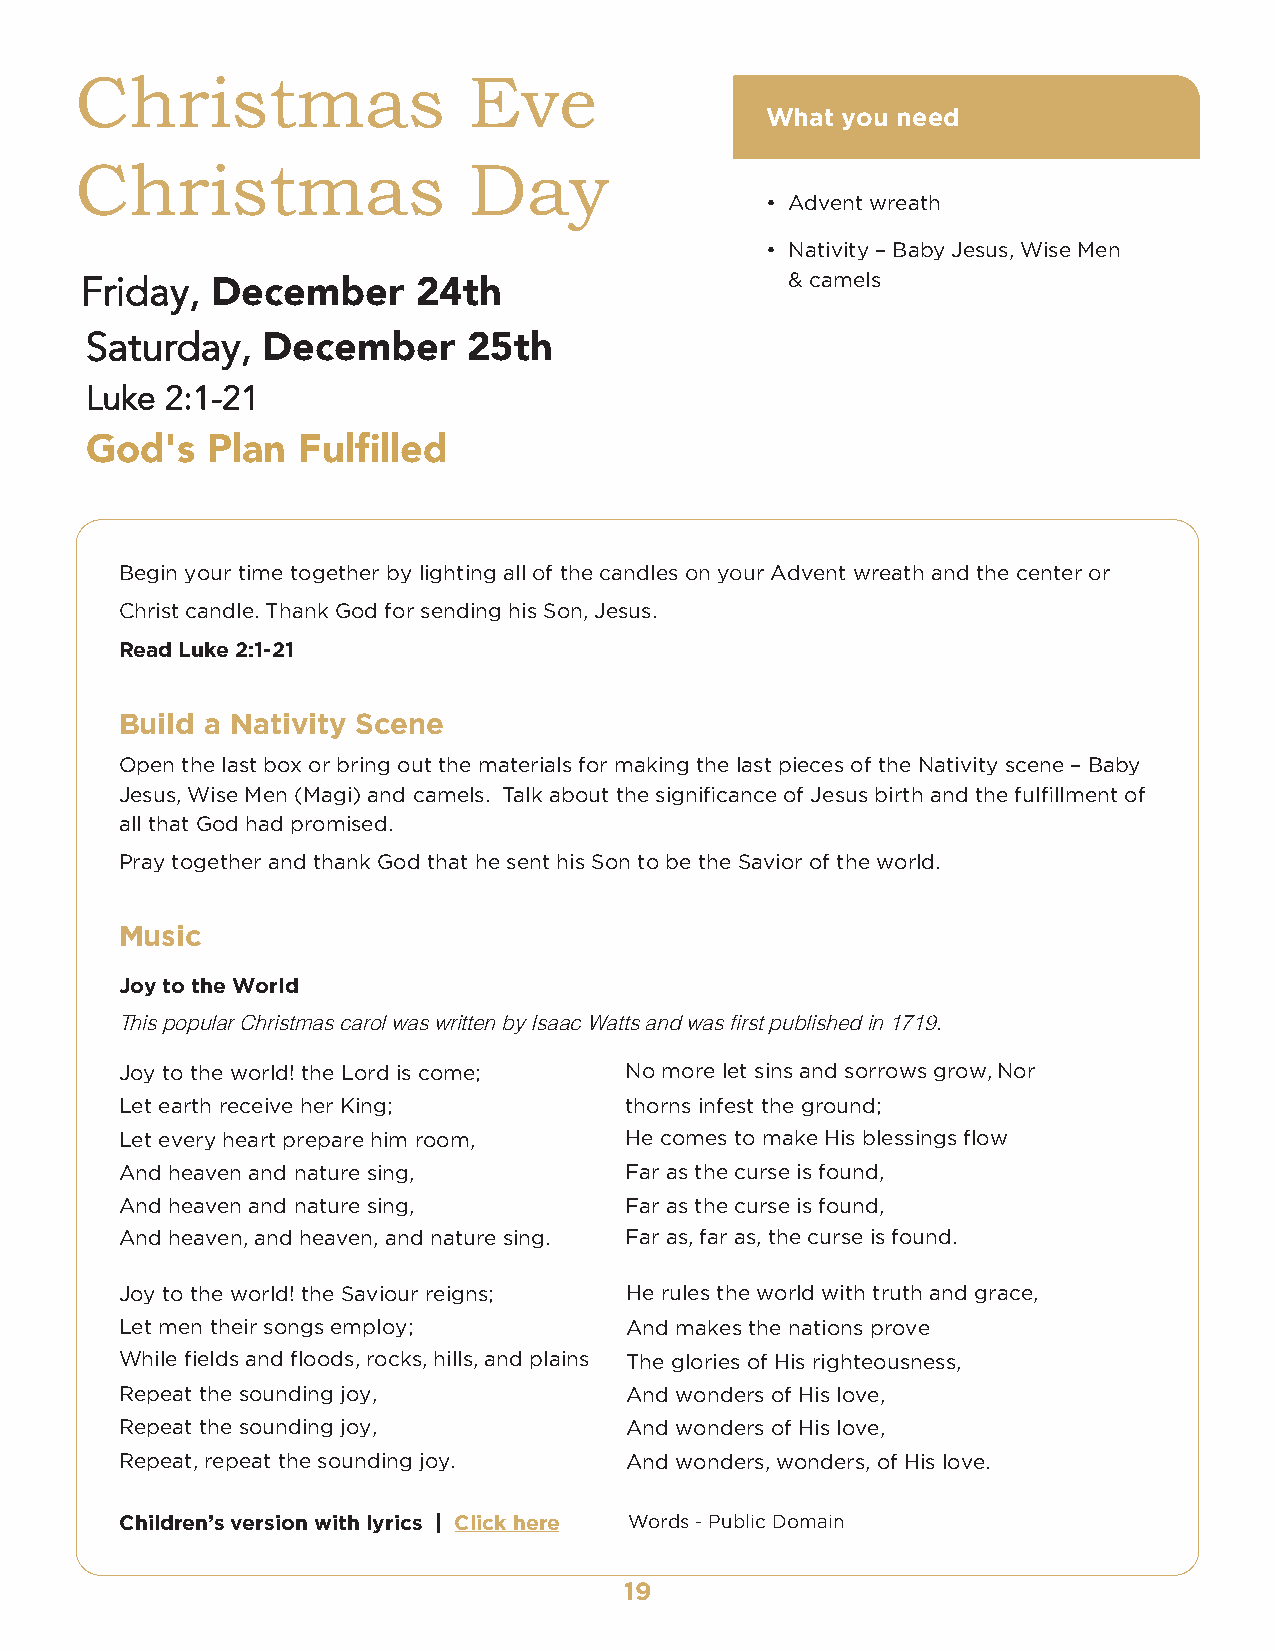
Christmas                 Eve
 What you need
 Christmas                 Day
 • Advent wreath
 • Nativity – Baby Jesus, Wise Men
 Friday,                                        & camels
 December      24th
 Saturday,
 December      25th
 Luke 2:1-21
 God's   Plan  Fulfilled
 Begin your time together by lighting all of the candles on your Advent wreath and the center or
 Christ candle. Thank God for sending his Son, Jesus.
 Read Luke 2:1-21
 Build a Nativity Scene
 Open the last box or bring out the materials for making the last pieces of the Nativity scene – Baby
 Jesus, Wise Men (Magi) and camels. Talk about the significance of Jesus birth and the fulfillment of
 all that God had promised.
 Pray together and thank God that he sent his Son to be the Savior of the world.
 Music
 Joy to the World
 This popular Christmas carol was written by Isaac Watts and was first published in 1719.
 Joy to the world! the Lord is come; No more let sins and sorrows grow, Nor
 Let earth receive her King;      thorns infest the ground;
 Let every heart prepare him room, He comes to make His blessings flow
 And heaven and nature sing,      Far as the curse is found,
 And heaven and nature sing,      Far as the curse is found,
 And heaven, and heaven, and nature sing. Far as, far as, the curse is found.
 Joy to the world! the Saviour reigns; He rules the world with truth and grace,
 Let men their songs employ;      And makes the nations prove
 While fields and floods, rocks, hills, and plains The glories of His righteousness,
 Repeat the sounding joy,         And wonders of His love,
 Repeat the sounding joy,         And wonders of His love,
 Repeat, repeat the sounding joy. And wonders, wonders, of His love.
 Children’s version with lyrics | Click here Words - Public Domain
 19